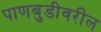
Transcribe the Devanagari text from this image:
पाणबुडीवरील